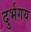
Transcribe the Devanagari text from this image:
दुर्भगय